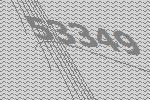
53349